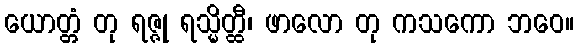
ယောတ္တံ တု ရဇ္ဇု ရသ္မိတ္ထီ၊ ဖာလော တု ကသကော ဘဝေ။